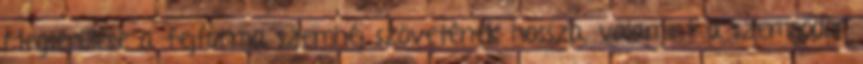
Megsérülése a fejforma szemhéj szövetének hossza, valamint a szemgödör